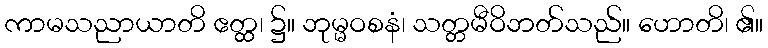
ကာမသညာယာတိ ဧတ္ထ၊ ၌။ ဘုမ္မဝစနံ၊ သတ္တမီဝိဘတ်သည်။ ဟောတိ၊ ၏။